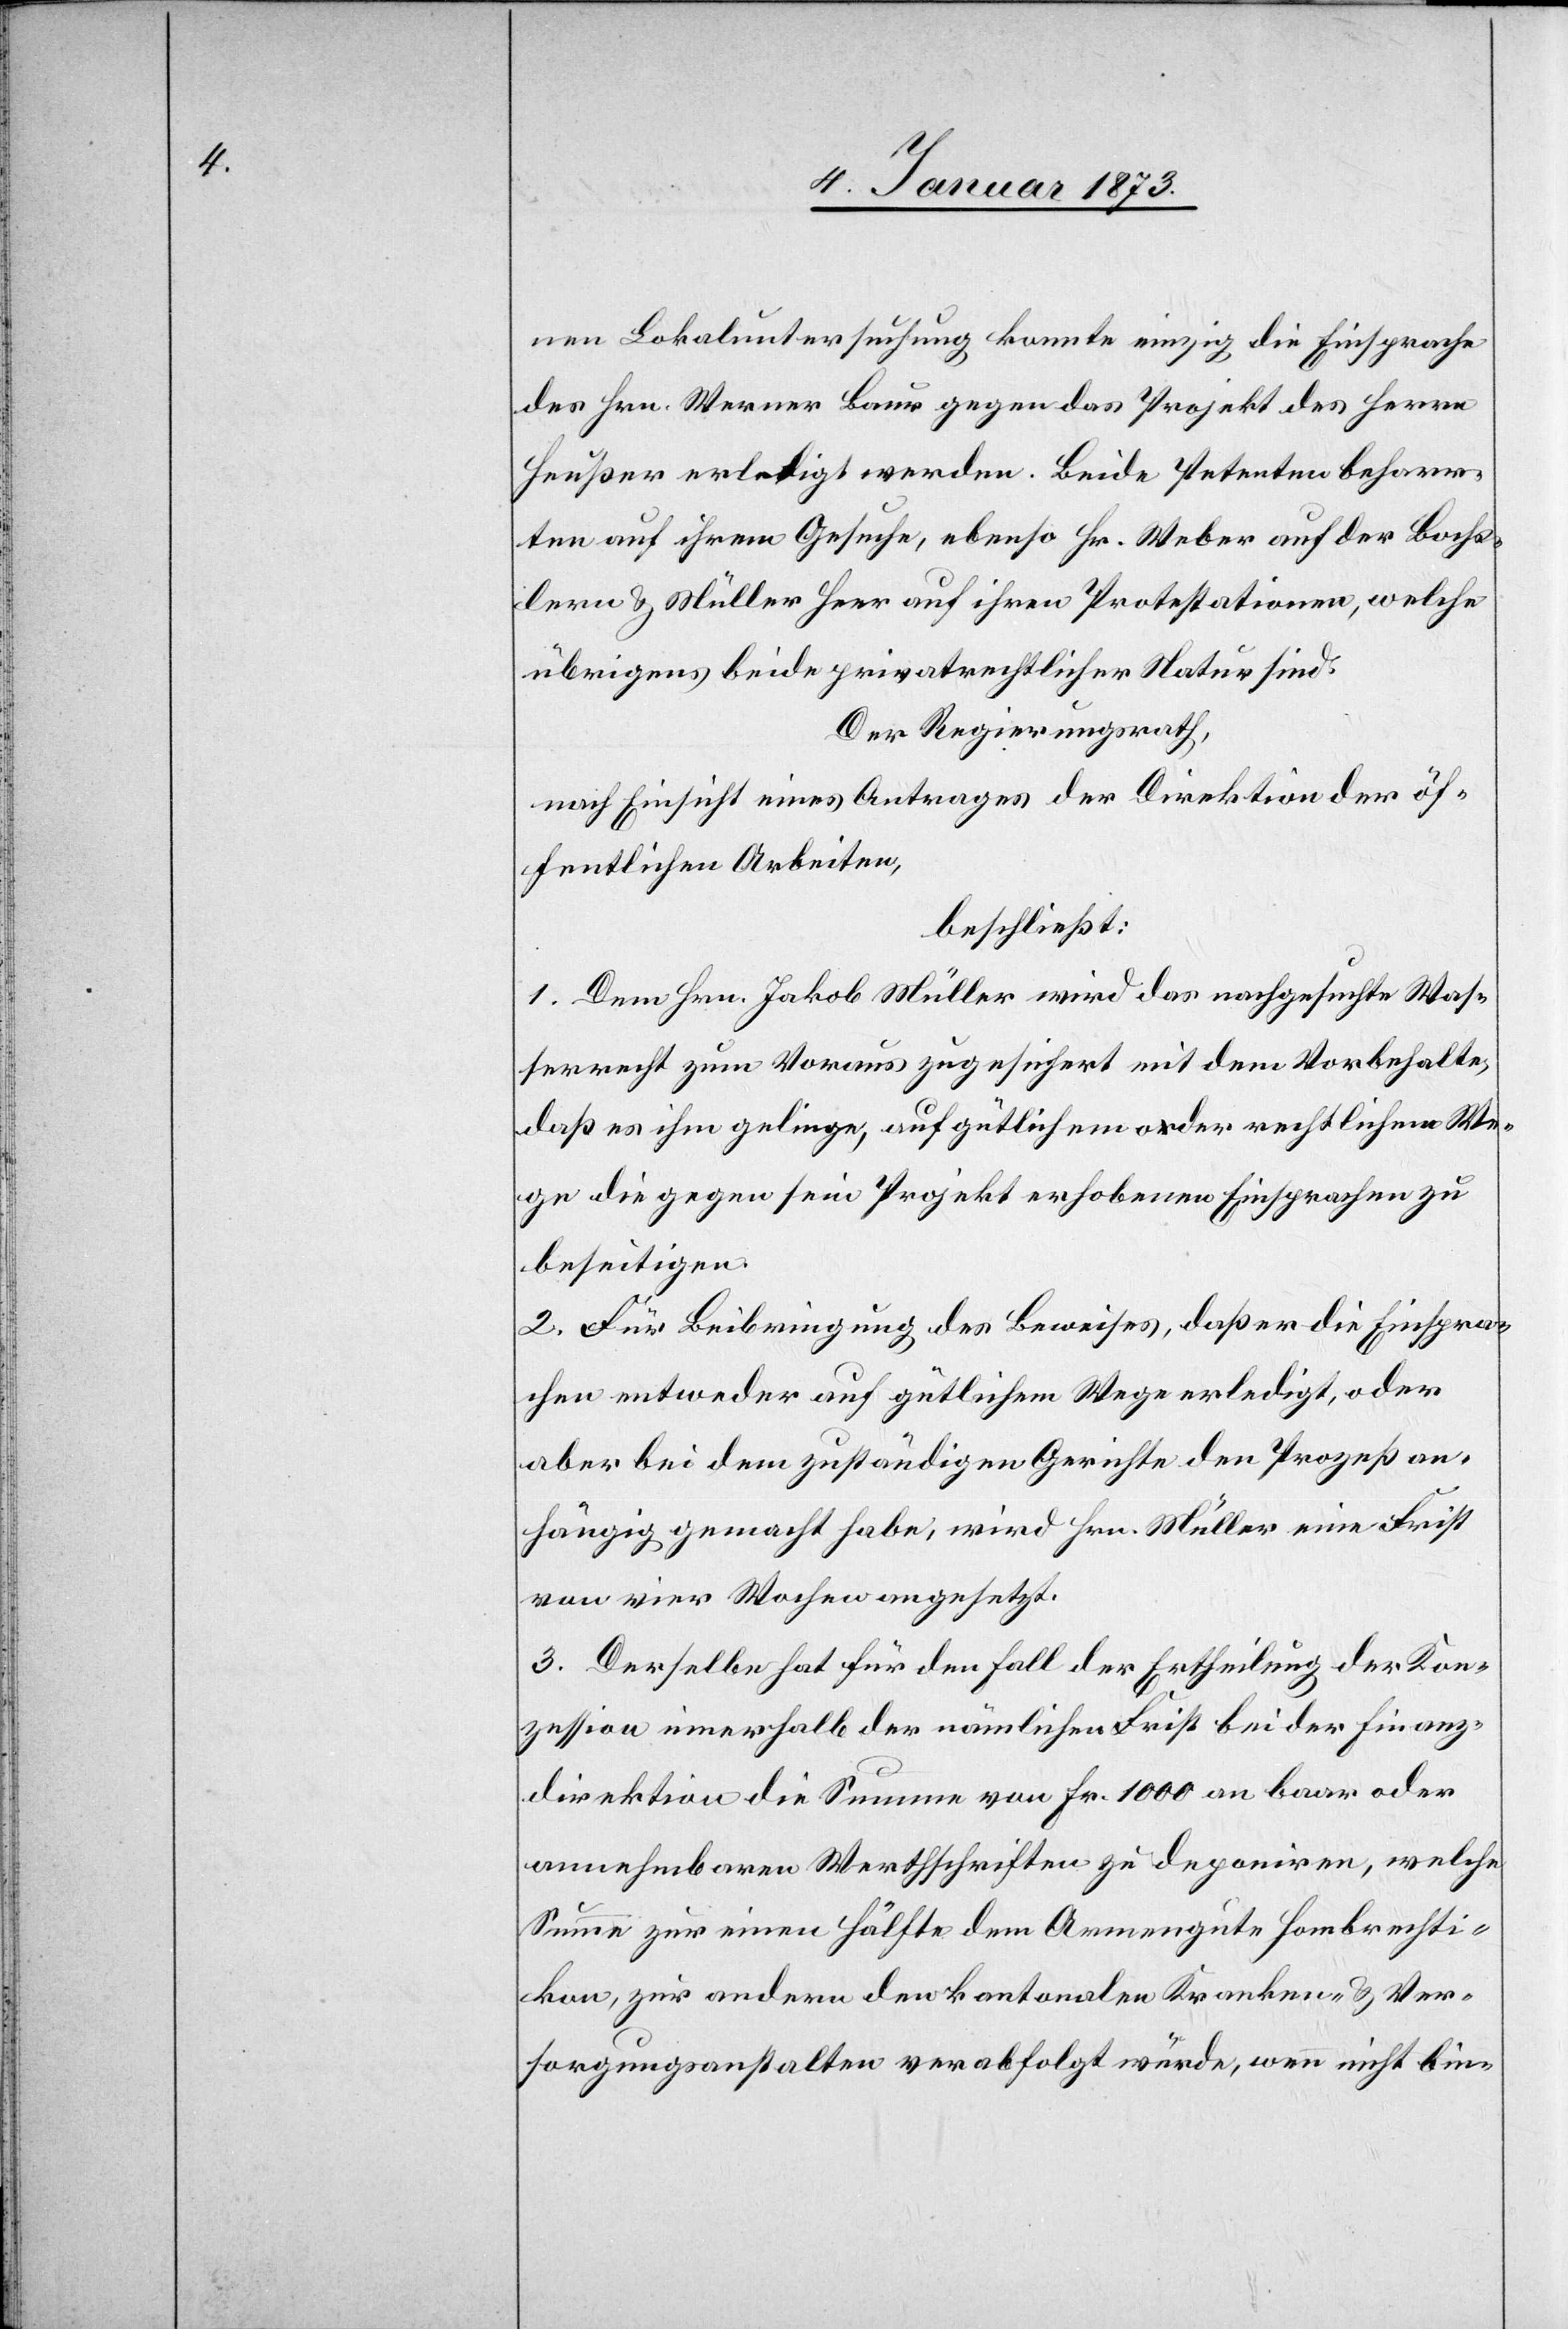
nen Lokaluntersuchung konnte einzig die Einsprache
des Hrn. Werner Baur gegen das Projekt des Herrn
Heußer erledigt werden. Beide Petenten beharr¬
ten auf ihrem Gesuche, ebenso Hr. Weber auf der Bochs¬
lern u. Müller Heer auf ihren Protestationen, welche
übrigens beide privatrechtlicher Natur sind.
Der Regierungsrath,
nach Einsicht eines Antrages der Direktion der öf¬
fentlichen Arbeiten,
beschließt:
1. Dem Hrn. Jakob Müller wird das nachgesuchte Was¬
serrecht zum Voraus zugesichert mit dem Vorbehalte,
daß es ihm gelinge, auf gütlichem oder rechtlichem We¬
ge die gegen sein Projekt erhobenen Einsprachen zu
beseitigen.
2. Für Beibringung des Beweises, daß er die Einspra¬
chen entweder auf gütlichem Wege erledigt, oder
aber bei dem zuständigen Gerichte den Prozeß an¬
hängig gemacht habe, wird Hrn. Müller eine Frist
von vier Wochen angesetzt.
3. Derselbe hat für den Fall der Ertheilung der Kon¬
zession innerhalb der nämlichen Frist bei der Finanz¬
direktion die Summe von Fr. 1000 an baar oder
annehmbaren Werthschriften zu deponiren, welche
Summe zur einen Hälfte dem Armengute Hombrechti¬
kon, zur andern den kantonalen Kranken- & Ver¬
sorgungsanstalten verabfolgt werde, wenn nicht bin-